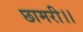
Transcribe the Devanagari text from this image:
छामरी।।